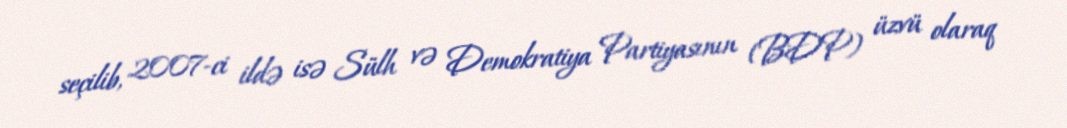
seçilib, 2007-ci ildə isə Sülh və Demokratiya Partiyasının (BDP) üzvü olaraq